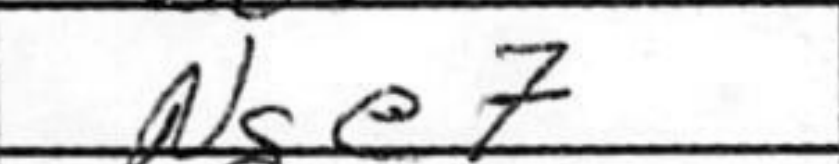
Transcription: Nge7